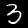
Label: 3